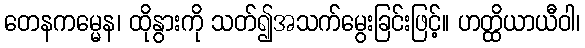
တေနကမ္မေန၊ ထိုနွားကို သတ်၍အသက်မွေးခြင်းဖြင့်။ ဟတ္ထိယာယီဝါ၊